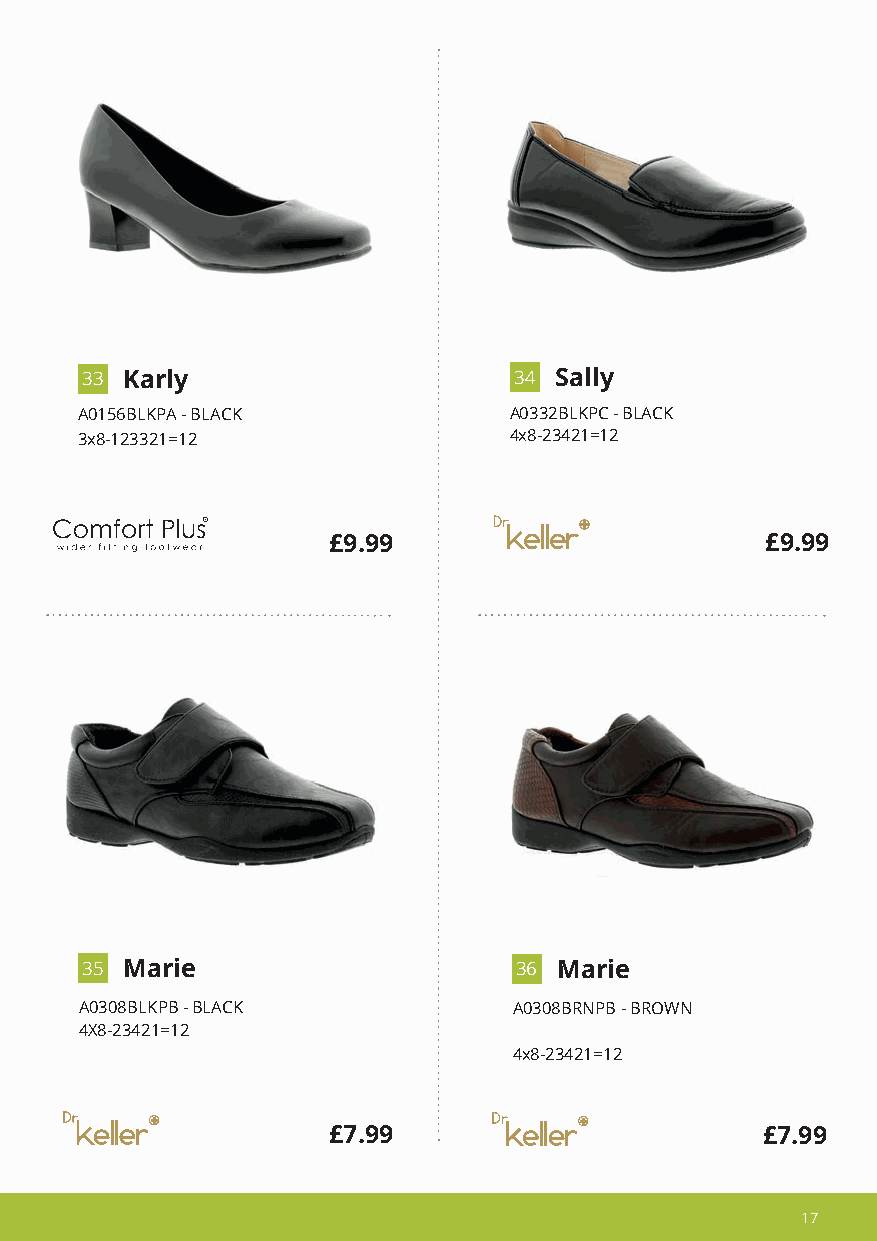
3 3 Karly                    3 4 Sally
 A0156BLKPA - BLACK           A0332BLKPC - BLACK
 3x8-123321=12                4x8-23421=12
 £9.99                        £9.99
 3 5 Marie                    3 6 Marie
 A0308BLKPB - BLACK           A0308BRNPB - BROWN
 4X8-23421=12
 4x8-23421=12
 £7.99                       £7.99
 17